Annual report on the working of the lock hospitals in the Central Provinces
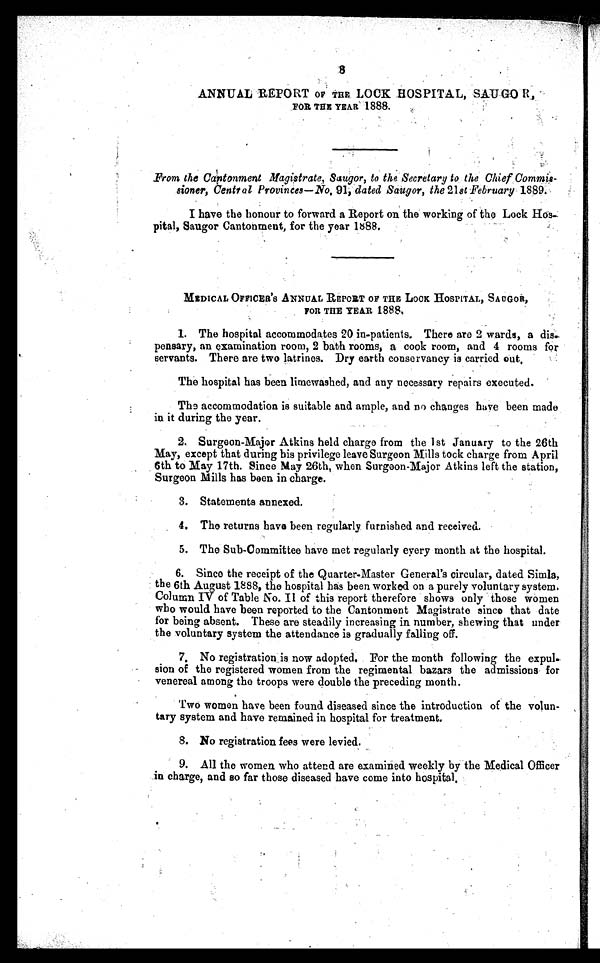
8
ANNUAL REPORT OF THE LOCK HOSPITAL, SAUGOR,
FOR THE YEAR 1888.
From the Captonment Magistrate, Saugor, to the. Secretary to the Chief Commis-
sioner, Central Provinces—No, 91, dated Saugor, the 21st February 1889.
I have the honour to forward a Report on the working of the Lock Hos-
pital, Saugor Cantonment, for the year 1888.
MEDICAL OFFICER's ANNUAL REPORT OF THE LOCK HOSPITAL, SAUGoR,
FOR THE YEAR 1888.
1. The hospital accommodates 20 in-patients. There are 2 wards, a dia
- p e n s a r y , a n e x a m i n a t i o n r o o m , 2 b a t h r o o m s , a c o o k r o o m , a n d 4 r o o m s f o r
servants. There are two latrines. Dry earth conservancy is carried out
.
The hospital has been limewashed, and any necessary repairs executed.
The accommodation is suitable and ample, and no changes have been made
in it during the year.
2. Surgeon-Major Atkins held charge from the 1st January to the 26th
May, except that during his privilege leave Surgeon Mills took charge from April
6th to May 17th. Since May 26th, when Surgeon-Major Atkins left the station,
Surgeon Mills has been in charge.
3. Statements annexed.
4. The returns have been regularly: furnished and received.
5. The Sub-Committee have met regularly every month at the hospital.
6. Since the receipt of the Quarter-Master General's circular, dated Simla,
the 6th August 1888, the hospital has been worked on a purely voluntary system.
Column IV of Table No. II of this report therefore shows only those women
who would have been reported to the Cantonment Magistrate since that date
for being absent. These are steadily increasing in number, sheaving that under
the voluntary system the attendance is gradually falling off.
7. No registration is now adopted. For the month following the expul-
sion of the registered women from the regimental bazars the admissions for
venereal among the troops were double the preceding month.
Two women have been found diseased since the introduction of the volun-
tary system and have remained in hospital for treatment.
8. No registration fees were levied.
9. All the women who attend are examined weekly by the Medical Officer
in charge, and so far those diseased have come into hospital.